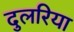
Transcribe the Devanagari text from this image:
दुलरिया